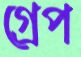
গ্রেপ